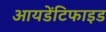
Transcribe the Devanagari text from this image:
आयडेंटिफाइड